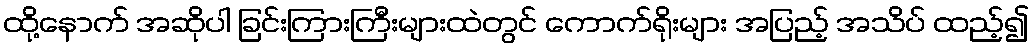
ထို့နောက် အဆိုပါ ခြင်းကြားကြီးများထဲတွင် ကောက်ရိုးများ အပြည့် အသိပ် ထည့်၍